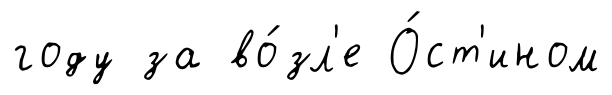
году за во́зл'е О́ст'ином